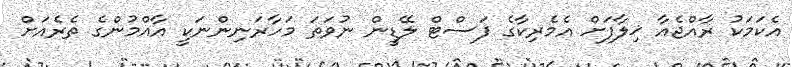
އެކަމަކު ރާއްޖެއާ ޚިލާފަށް އެމެރިކާގެ ފަސްޓް ލޭޑީން ނުވަތަ މަހާރަނިންނަކީ އާއްމުންގެ ތެރެއަށް